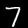
Label: 7